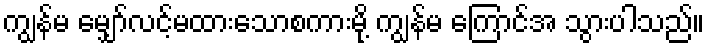
ကျွန်မ မျှော်လင့်မထားသောစကားမို့ ကျွန်မ ကြောင်အ သွားပါသည်။